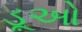
ડૂઓ